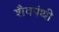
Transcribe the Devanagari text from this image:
शैवपंथी